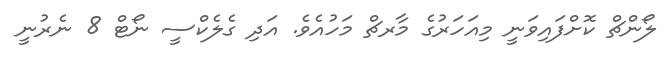
ލޯންޗް ކޮށްފައިވަނީ މިއަހަރުގެ މާރޗް މަހުއެވެ. އަދި ގެލެކްސީ ނޯޓް 8 ނެރުނީ